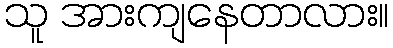
သူ အားကျနေတာလား။